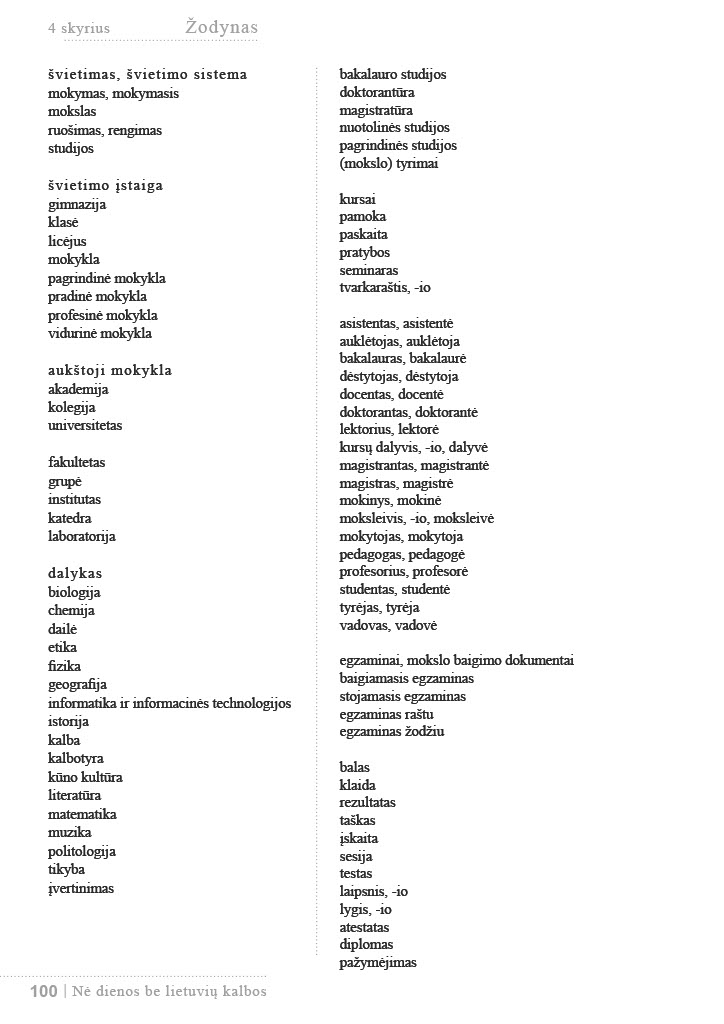
Language: lt